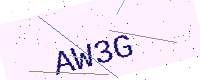
Text: AW3G